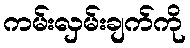
ကမ်းလှမ်းချက်ကို